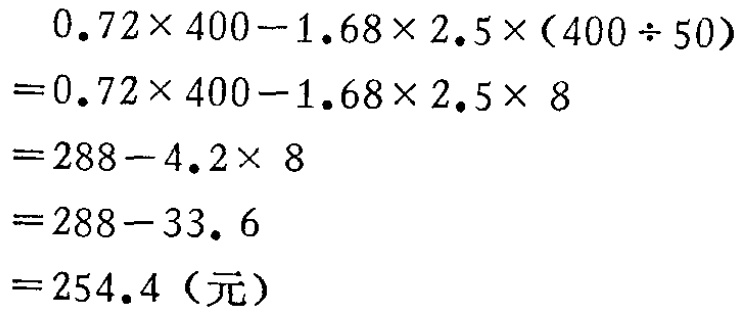
\[
\begin{align*}
&0.72\times400 - 1.68\times2.5\times(400\div50)\\
=&0.72\times400 - 1.68\times2.5\times8\\
=&288 - 4.2\times8\\
=&288 - 33.6\\
=&254.4（元）
\end{align*}
\]